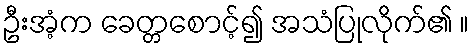
ဦးအံ့က ခေတ္တစောင့်၍ အသံပြုလိုက်၏ ။